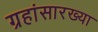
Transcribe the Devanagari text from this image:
ग्रहांसारख्या